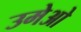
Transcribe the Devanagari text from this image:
उमेओ